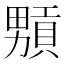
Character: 𤳢